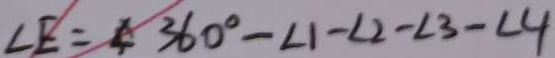
\angle E = 3 6 0 ^ { \circ } - \angle 1 - \angle 2 - \angle 3 - \angle 4